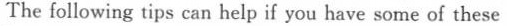
The following tips can help if you have some of these